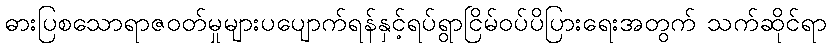
ဓားပြစသောရာဇဝတ်မှုများပပျောက်ရန်နှင့်ရပ်ရွာငြိမ်ဝပ်ပိပြားရေးအတွက် သက်ဆိုင်ရာ